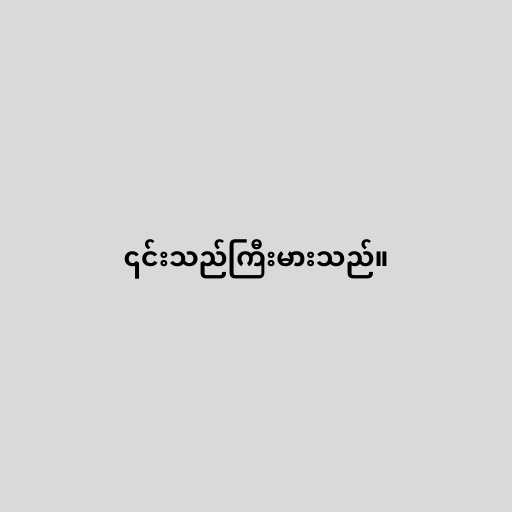
၎င်းသည်ကြီးမားသည်။